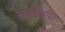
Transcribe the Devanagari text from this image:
बालारिष्टयोग